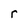
Character: r